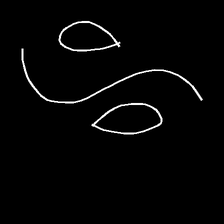
Glyph: water